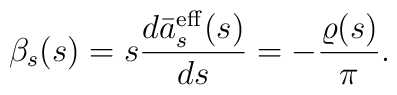
\beta_s(s)=s\frac{d\bar{a}_s^{\rm eff}(s)}{d s}=-\frac{\varrho(s)}{\pi}.